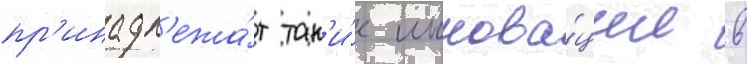
пр'инадл'ежа́т так'и́е иннова́ции в